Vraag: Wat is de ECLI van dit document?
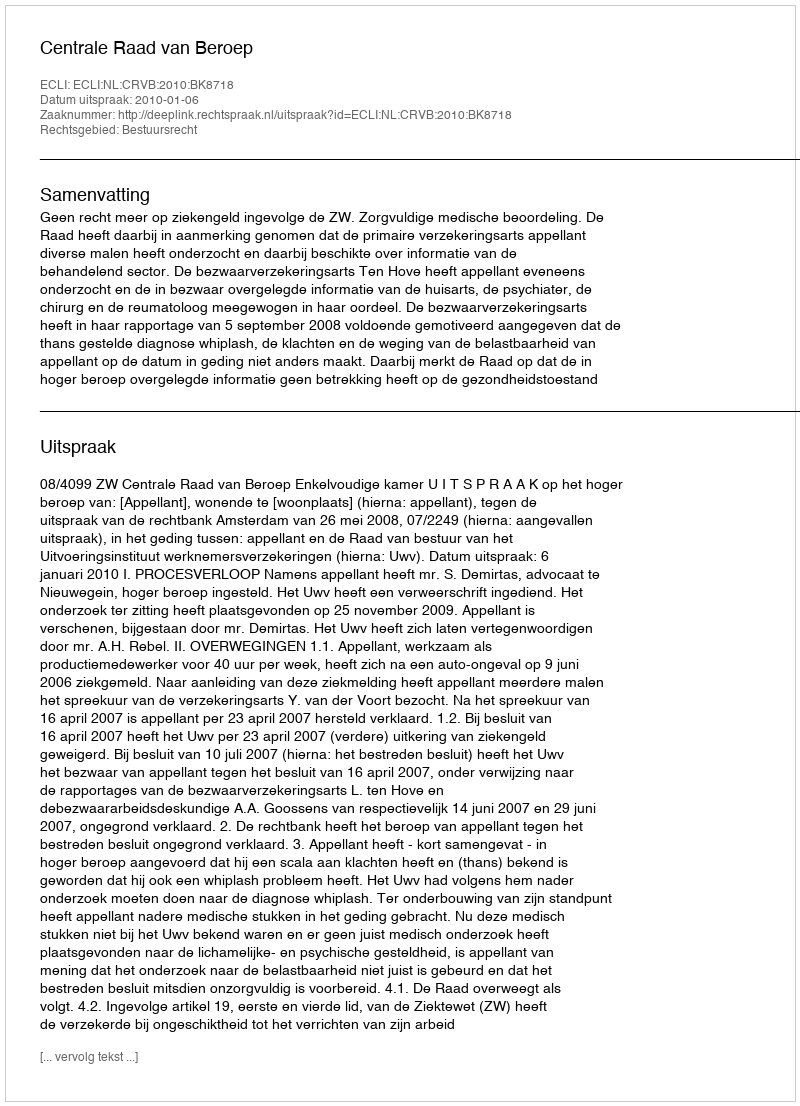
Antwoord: ECLI:NL:CRVB:2010:BK8718